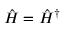
\hat { H } = \hat { H } ^ { \dagger }